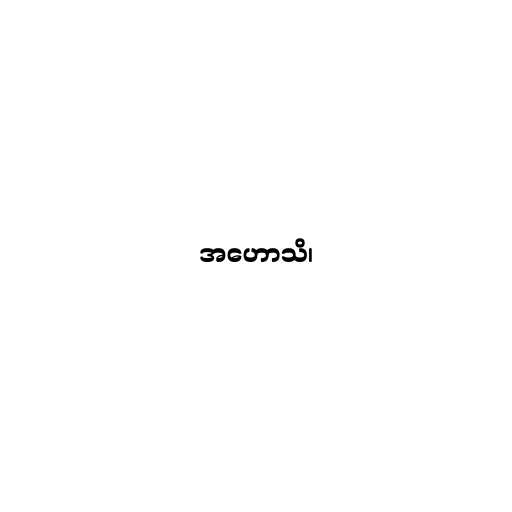
အဟောသိ၊